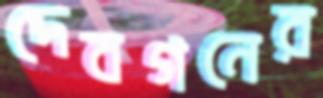
দেবগনের